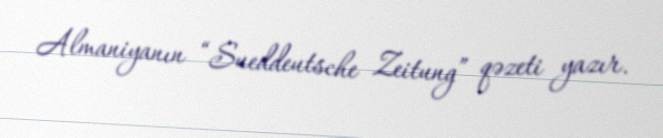
Almaniyanın “Sueddeutsche Zeitung” qəzeti yazır.